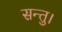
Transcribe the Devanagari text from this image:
सन्तु।